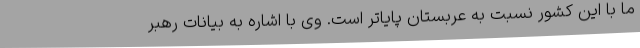
ما با این کشور نسبت به عربستان پایاتر است. وی با اشاره به بیانات رهبر